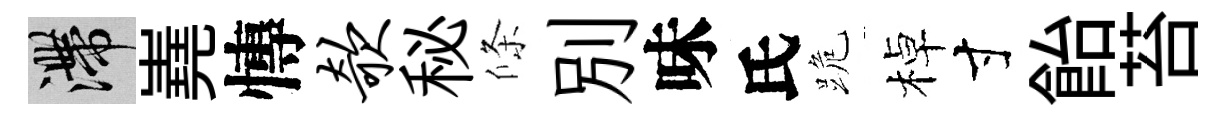
滯嶤慱欹秘條別味氏跪棹寸飴苔